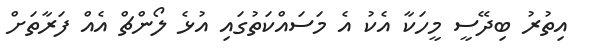
އިތުރު ބިދޭސީ މީހަކާ އެކު އެ މަސައްކަތުގައި އުޅެ ލޯންޗް އެއް ފަރާތަށް